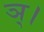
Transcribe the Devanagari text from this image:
ञ्।